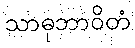
သာဓုဘာဝိတံ